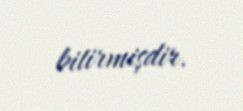
bitirmişdir.